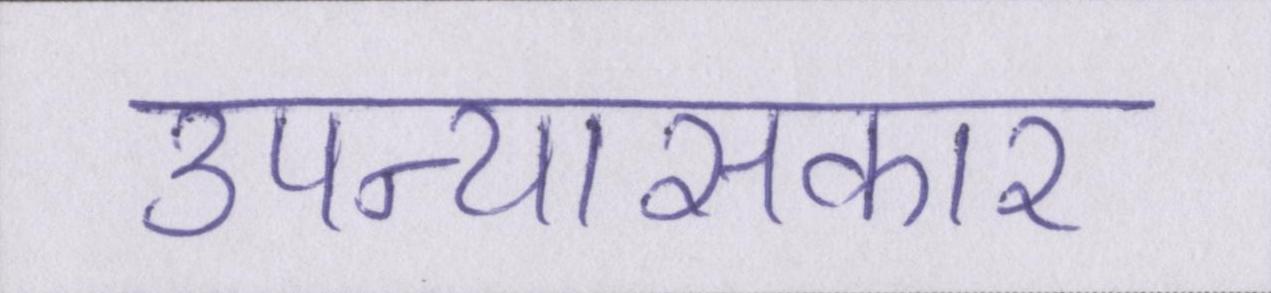
उपन्यासकार